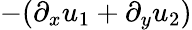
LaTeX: -(\partial_{x}u_{1}+\partial_{y}u_{2})